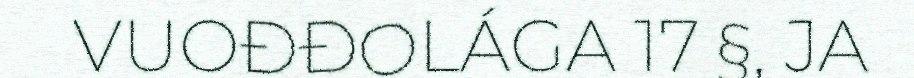
VUOĐĐOLÁGA 17 §, JA